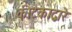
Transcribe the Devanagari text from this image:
कीटकाद्वारे